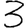
Digit: 3